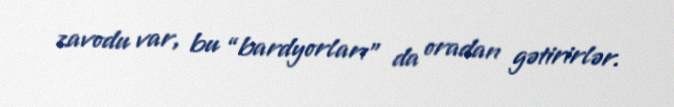
zavodu var, bu “bardyorları” da oradan gətirirlər.